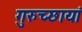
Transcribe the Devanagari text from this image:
गुरुच्छायां